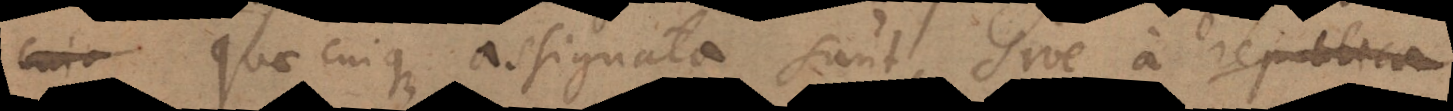
quae cuique assignata sunt, sive a republica